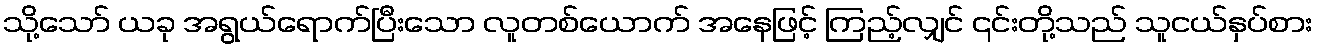
သို့သော် ယခု အရွယ်ရောက်ပြီးသော လူတစ်ယောက် အနေဖြင့် ကြည့်လျှင် ၎င်းတို့သည် သူငယ်နှပ်စား